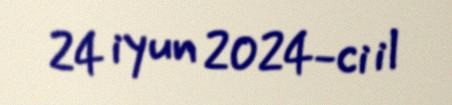
24 iyun 2024-ci il